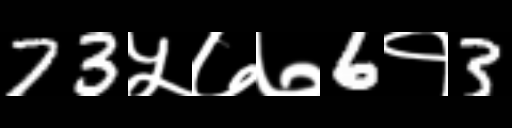
Text: 73५७७6१3